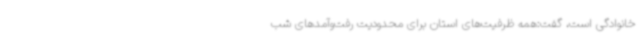
خانوادگی است، گفت:همه ظرفیت‌های استان برای محدودیت رفت‌وآمدهای شب